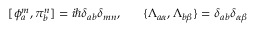
[ \phi _ { a } ^ { m } , \pi _ { b } ^ { n } ] = i \hbar \delta _ { a b } \delta _ { m n } , \; \; \; \; \; \; \{ \Lambda _ { a \alpha } , \Lambda _ { b \beta } \} = \delta _ { a b } \delta _ { \alpha \beta }